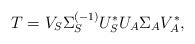
LaTeX: \begin{align*}T = V_S \Sigma_S^{(-1)} U_S^* U_A \Sigma_A V_A^*,\end{align*}